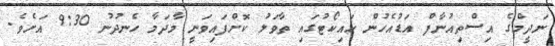
ނަދީމްގެ އިސްތިއުނާފް އަޑުއެހުން ހައިކޯޓުގައި ތާވަލު ކޮށްފައިވަނީ މާދަމާ ހެނދުނު 9:30 އަށެވެ.